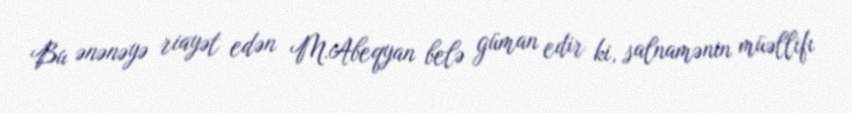
Bu ənənəyə riayət edən M.Abeqyan belə güman edir ki, salnamənin müəllifı